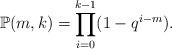
LaTeX: \begin{align*}\mathbb{P}(m,k)=\prod_{i=0}^{k-1}(1-q^{i-m}).\end{align*}